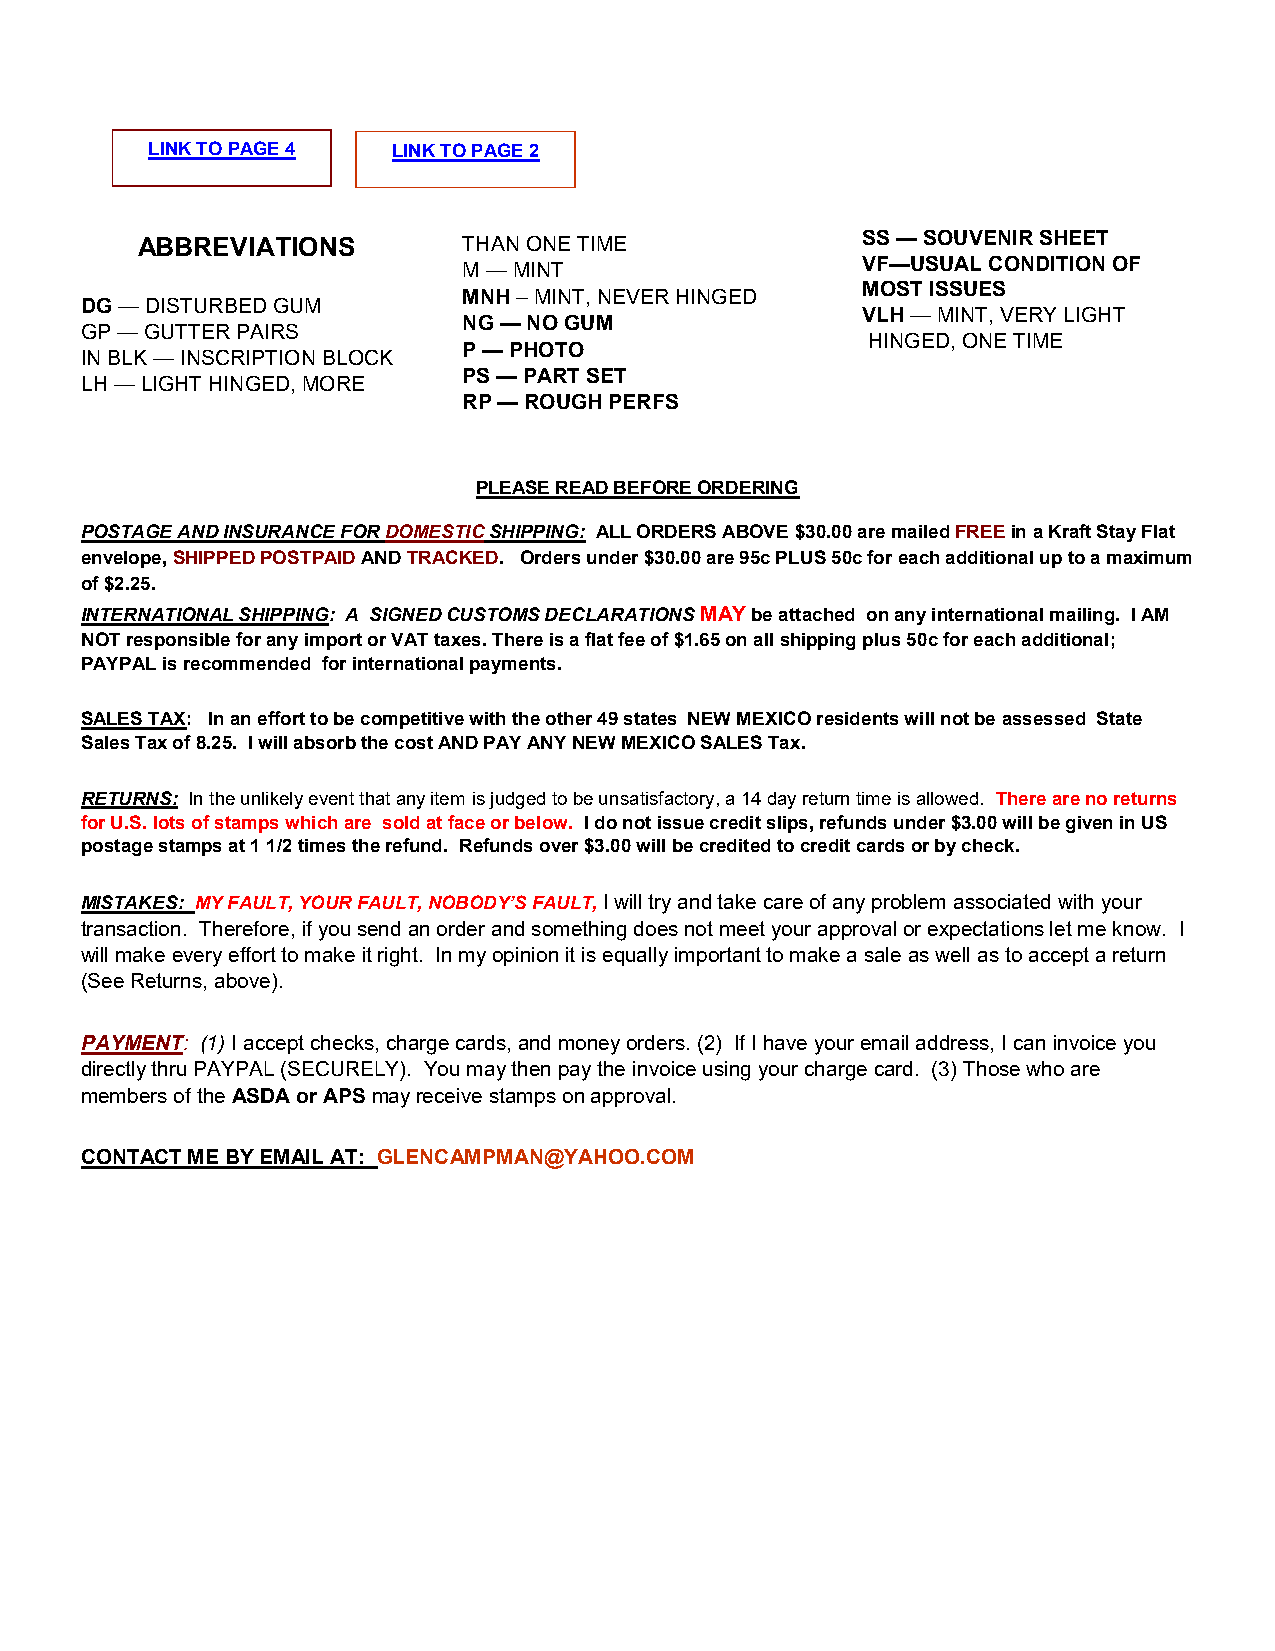
LINK TO PAGE 4  LINK TO PAGE 2
 ABBREVIATIONS         THAN ONE TIME             SS — SOUVENIR SHEET
 M — MINT                  VF—USUAL CONDITION OF
 MOST ISSUES
 MNH – MINT, NEVER HINGED
 DG — DISTURBED GUM
 VLH — MINT, VERY LIGHT
 NG — NO GUM
 GP — GUTTER PAIRS
 HINGED, ONE TIME
 P — PHOTO
 IN BLK — INSCRIPTION BLOCK
 PS — PART SET
 LH — LIGHT HINGED, MORE
 RP — ROUGH PERFS
 PLEASE READ BEFORE ORDERING
 POSTAGE AND INSURANCE FOR DOMESTIC SHIPPING: ALL ORDERS ABOVE $30.00 are mailed FREE in a Kraft Stay Flat
 envelope, SHIPPED POSTPAID AND TRACKED. Orders under $30.00 are 95c PLUS 50c for each additional up to a maximum
 of $2.25.
 INTERNATIONAL SHIPPING: A SIGNED CUSTOMS DECLARATIONS MAY be attached on any international mailing. I AM
 NOT responsible for any import or VAT taxes. There is a flat fee of $1.65 on all shipping plus 50c for each additional;
 PAYPAL is recommended for international payments.
 SALES TAX: In an effort to be competitive with the other 49 states NEW MEXICO residents will not be assessed State
 Sales Tax of 8.25. I will absorb the cost AND PAY ANY NEW MEXICO SALES Tax.
 RETURNS: In the unlikely event that any item is judged to be unsatisfactory, a 14 day return time is allowed. There are no returns
 for U.S. lots of stamps which are sold at face or below. I do not issue credit slips, refunds under $3.00 will be given in US
 postage stamps at 1 1/2 times the refund. Refunds over $3.00 will be credited to credit cards or by check.
 MISTAKES: MY FAULT, YOUR FAULT, NOBODY’S FAULT, I will try and take care of any problem associated with your
 transaction. Therefore, if you send an order and something does not meet your approval or expectations let me know. I
 will make every effort to make it right. In my opinion it is equally important to make a sale as well as to accept a return
 (See Returns, above).
 PAYMENT: (1) I accept checks, charge cards, and money orders. (2) If I have your email address, I can invoice you
 directly thru PAYPAL (SECURELY). You may then pay the invoice using your charge card. (3) Those who are
 members of the ASDA or APS may receive stamps on approval.
 CONTACT ME BY EMAIL AT: GLENCAMPMAN@YAHOO.COM